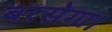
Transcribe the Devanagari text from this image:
बरसेगा।